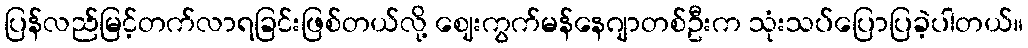
ပြန်လည်မြင့်တက်လာရခြင်းဖြစ်တယ်လို့ ဈေးကွက်မန်နေဂျာတစ်ဦးက သုံးသပ်ပြောပြခဲ့ပါတယ်။